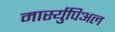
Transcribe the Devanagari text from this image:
मार्स्युपिअल